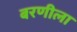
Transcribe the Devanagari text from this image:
बरणीला